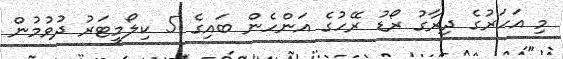
މި އަހަރުގެ ދިރާގު ރޯޑު ރޭހުގެ އަންހެން ބައިގެ 5 ކިލޯމީޓަރު ދުވުމުން